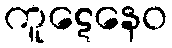
ကူဋေနေဝ